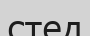
стед